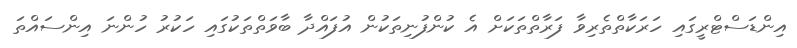
އިންޑަސްޓްރީގައި ހަރަކާތްތެރިވާ ފަރާތްތަކަށް އެ ކުންފުނިތަކުން އުފައްދާ ބާވަތްތަކުގައި ހަކުރު ހުންނަ އިންސައްތަ